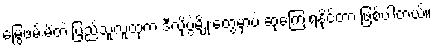
မြွေဖမ်းမိတဲ့ ပြည်သူလူထုက ဒီလိုပွဲမျိုးတွေမှာပဲ ဆုကြေးရနိုင်တာ ဖြစ်ပါတယ်။